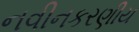
નવીનકરણીય